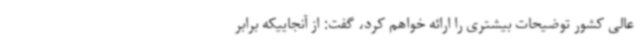
عالی کشور توضیحات بیشتری را ارائه خواهم کرد، گفت: از آنجاییکه برابر